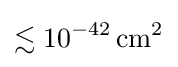
\lesssim 10^{-42}\,\mathrm {cm} ^{2}